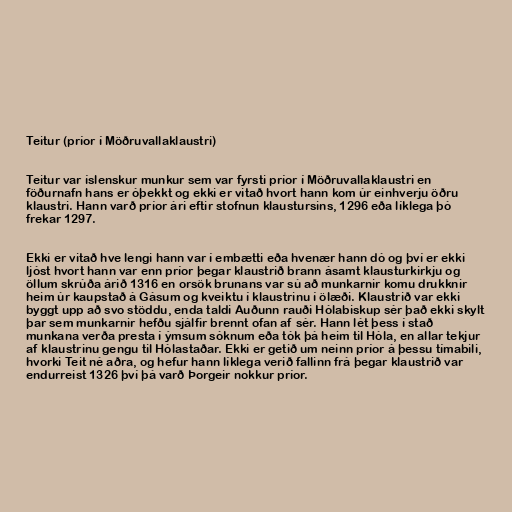
Teitur (príor í Möðruvallaklaustri)

Teitur var íslenskur munkur sem var fyrsti príor í Möðruvallaklaustri en
föðurnafn hans er óþekkt og ekki er vitað hvort hann kom úr einhverju öðru
klaustri. Hann varð príor ári eftir stofnun klaustursins, 1296 eða líklega þó
frekar 1297.

Ekki er vitað hve lengi hann var í embætti eða hvenær hann dó og því er ekki
ljóst hvort hann var enn príor þegar klaustrið brann ásamt klausturkirkju og
öllum skrúða árið 1316 en orsök brunans var sú að munkarnir komu drukknir
heim úr kaupstað á Gásum og kveiktu í klaustrinu í ölæði. Klaustrið var ekki
byggt upp að svo stöddu, enda taldi Auðunn rauði Hólabiskup sér það ekki skylt
þar sem munkarnir hefðu sjálfir brennt ofan af sér. Hann lét þess í stað
munkana verða presta í ýmsum sóknum eða tók þá heim til Hóla, en allar tekjur
af klaustrinu gengu til Hólastaðar. Ekki er getið um neinn príor á þessu tímabili,
hvorki Teit né aðra, og hefur hann líklega verið fallinn frá þegar klaustrið var
endurreist 1326 því þá varð Þorgeir nokkur príor.